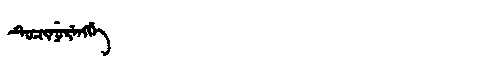
Manchu: ᡨᡠᠴᡳᠨᡠᡵᡝᠩᡤᡝ
Romanization: TUCINURENGGE